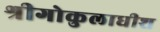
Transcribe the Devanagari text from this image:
श्रीगोकुलाधीश